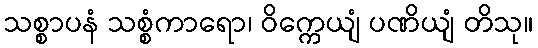
သစ္စာပနံ သစ္စံကာရော၊ ဝိက္ကေယျံ ပဏိယျံ တိသု။